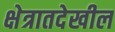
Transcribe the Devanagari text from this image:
क्षेत्रातदेखील